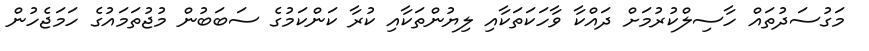
މަގުސަދުތައް ހާސިލްކުރުމަށް ދައްކާ ވާހަކަތަކާއި ލިޔުންތަކާއި ކުރާ ކަންކަމުގެ ސަބަބުން މުޖުތަމައުގެ ހަމަޖެހުން